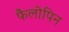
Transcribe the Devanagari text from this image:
फैलोपिन